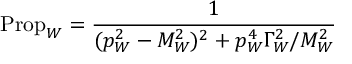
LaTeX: \mathrm { P r o p } _ { W } = { \frac { 1 } { ( p _ { W } ^ { 2 } - M _ { W } ^ { 2 } ) ^ { 2 } + p _ { W } ^ { 4 } \Gamma _ { W } ^ { 2 } / M _ { W } ^ { 2 } } }